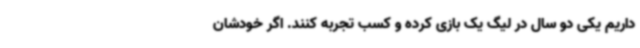
داریم یکی دو سال در لیگ یک بازی کرده و کسب تجربه کنند. اگر خودشان